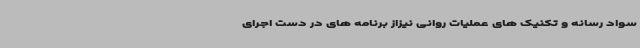
سواد رسانه و تکنیک های عملیات روانی نیزاز برنامه های در دست اجرای